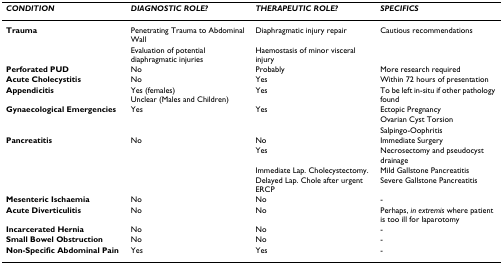
<table><thead><tr><td><b><i>CONDITION</i></b></td><td><b><i>DIAGNOSTIC ROLE?</i></b></td><td><b><i>THERAPEUTIC ROLE?</i></b></td><td><b><i>SPECIFICS</i></b></td></tr></thead><tbody><tr><td><b>Trauma</b></td><td>Penetrating Trauma to Abdominal Wall</td><td>Diaphragmatic injury repair</td><td>Cautious recommendations</td></tr><tr><td></td><td>Evaluation of potential diaphragmatic injuries</td><td>Haemostasis of minor visceral injury</td><td></td></tr><tr><td><b>Perforated PUD</b></td><td>No</td><td>Probably</td><td>More research required</td></tr><tr><td><b>Acute Cholecystitis</b></td><td>No</td><td>Yes</td><td>Within 72 hours of presentation</td></tr><tr><td><b>Appendicitis</b></td><td>Yes (females)Unclear (Males and Children)</td><td>Yes</td><td>To be left in-situ if other pathology found</td></tr><tr><td><b>Gynaecological Emergencies</b></td><td>Yes</td><td>Yes</td><td>Ectopic Pregnancy</td></tr><tr><td></td><td></td><td></td><td>Ovarian Cyst Torsion</td></tr><tr><td></td><td></td><td></td><td>Salpingo-Oophritis</td></tr><tr><td><b>Pancreatitis</b></td><td>No</td><td>No</td><td>Immediate Surgery</td></tr><tr><td></td><td></td><td>Yes</td><td>Necrosectomy and pseudocyst drainage</td></tr><tr><td></td><td></td><td>Immediate Lap. Cholecystectomy.</td><td>Mild Gallstone Pancreatitis</td></tr><tr><td></td><td></td><td>Delayed Lap. Chole after urgent ERCP</td><td>Severe Gallstone Pancreatitis</td></tr><tr><td><b>Mesenteric Ischaemia</b></td><td>No</td><td>No</td><td>-</td></tr><tr><td><b>Acute Diverticulitis</b></td><td>No</td><td>No</td><td>Perhaps, <i>in extremis </i>where patient is too ill for laparotomy</td></tr><tr><td><b>Incarcerated Hernia</b></td><td>No</td><td>No</td><td>-</td></tr><tr><td><b>Small Bowel Obstruction</b></td><td>No</td><td>No</td><td>-</td></tr><tr><td><b>Non-Specific Abdominal Pain</b></td><td>Yes</td><td>Yes</td><td>-</td></tr></tbody></table>